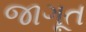
જાગૂત